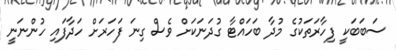
ސަބަބަކީ ފިހާރަތަކުގެ މުދާ ބަހައްޓާ ގުދަނަކަށް ވެސް ގިނަ ފަހަރަށް ހަދާފައި ހުންނަނީ